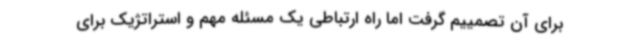
برای آن تصمییم گرفت اما راه ارتباطی یک مسئله مهم و استراتژیک برای